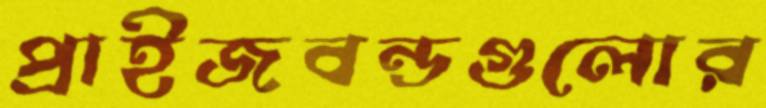
প্রাইজবন্ডগুলোর